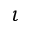
\iota